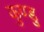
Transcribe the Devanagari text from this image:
कुण्डु